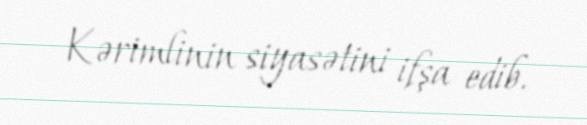
Kərimlinin siyasətini ifşa edib.